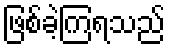
ဖြစ်ခဲ့ကြရသည်